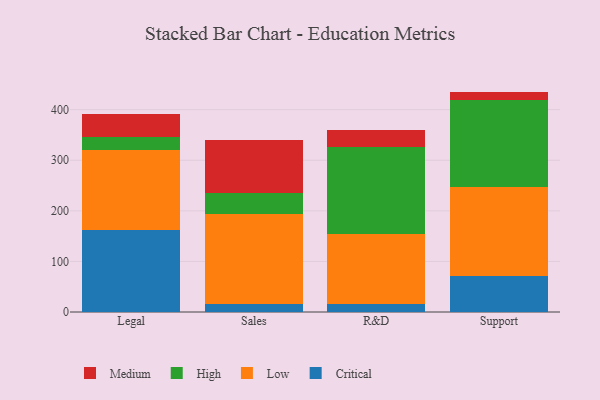
{"axis": {"x": "Department", "y": "Market Share (%)"}, "legend": ["Critical", "High", "Low", "Medium"], "data": [{"x": "Legal", "y": 161.6, "type": "Critical"}, {"x": "Legal", "y": 157.7, "type": "Low"}, {"x": "Legal", "y": 26.4, "type": "High"}, {"x": "Legal", "y": 46.7, "type": "Medium"}, {"x": "Sales", "y": 15.5, "type": "Critical"}, {"x": "Sales", "y": 178.2, "type": "Low"}, {"x": "Sales", "y": 41.9, "type": "High"}, {"x": "Sales", "y": 104.3, "type": "Medium"}, {"x": "R&D", "y": 16.3, "type": "Critical"}, {"x": "R&D", "y": 137.3, "type": "Low"}, {"x": "R&D", "y": 172.5, "type": "High"}, {"x": "R&D", "y": 33.8, "type": "Medium"}, {"x": "Support", "y": 70.4, "type": "Critical"}, {"x": "Support", "y": 176.1, "type": "Low"}, {"x": "Support", "y": 171.8, "type": "High"}, {"x": "Support", "y": 17.4, "type": "Medium"}]}